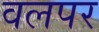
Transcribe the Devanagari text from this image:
वलपर